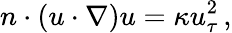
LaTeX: n\cdot(u\cdot\nabla)u=\kappa u_{\tau}^{2}\, ,